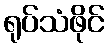
ရုပ်သံဖိုင်